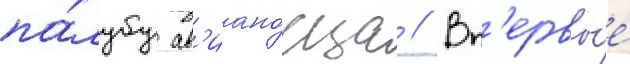
па́лубу ав'иано́сца // Вп'ервы́е